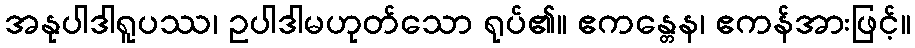
အနုပါဒါရူပဿ၊ ဥပါဒါမဟုတ်သော ရုပ်၏။ ဧကန္တေန၊ ဧကန်အားဖြင့်။